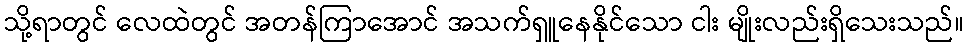
သို့ရာတွင် လေထဲတွင် အတန်ကြာအောင် အသက်ရှူနေနိုင်သော ငါး မျိုးလည်းရှိသေးသည်။